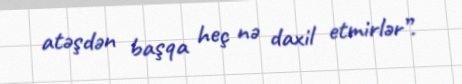
atəşdən başqa heç nə daxil etmirlər”.